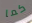
كما